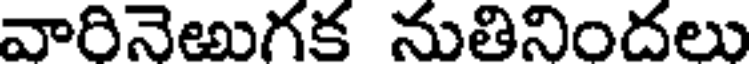
వారినెఱుగక నుతినిందలు